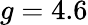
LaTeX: g=4.6